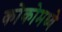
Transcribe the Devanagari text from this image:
कोकोमध्ये